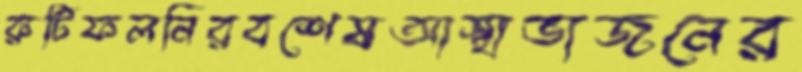
রুটিফলনিরবশেষআস্থাভাজনের